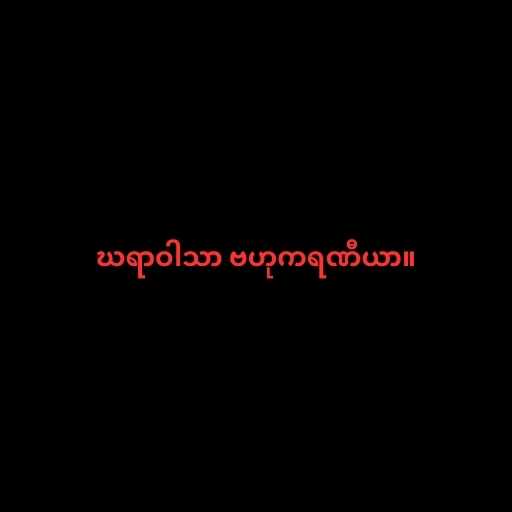
ဃရာဝါသာ ဗဟုကရဏီယာ။